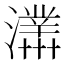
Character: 𤃊